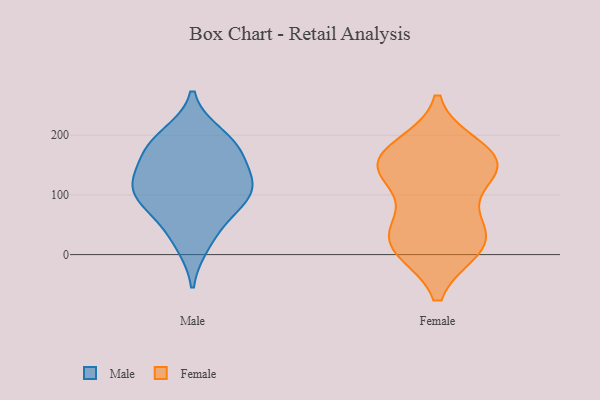
{"axis": {"x": "Satisfaction Score", "y": "Value"}, "legend": ["Female", "Male"], "data": [{"x": "", "y": 111, "type": "Male"}, {"x": "", "y": 83, "type": "Male"}, {"x": "", "y": 18, "type": "Male"}, {"x": "", "y": 112, "type": "Male"}, {"x": "", "y": 161, "type": "Male"}, {"x": "", "y": 182, "type": "Male"}, {"x": "", "y": 178, "type": "Male"}, {"x": "", "y": 58, "type": "Male"}, {"x": "", "y": 120, "type": "Male"}, {"x": "", "y": 110, "type": "Male"}, {"x": "", "y": 200, "type": "Male"}, {"x": "", "y": 19, "type": "Female"}, {"x": "", "y": 147, "type": "Female"}, {"x": "", "y": 147, "type": "Female"}, {"x": "", "y": 57, "type": "Female"}, {"x": "", "y": 14, "type": "Female"}, {"x": "", "y": 139, "type": "Female"}, {"x": "", "y": 35, "type": "Female"}, {"x": "", "y": 12, "type": "Female"}, {"x": "", "y": 178, "type": "Female"}, {"x": "", "y": 153, "type": "Female"}, {"x": "", "y": 158, "type": "Female"}]}